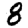
Digit: 8